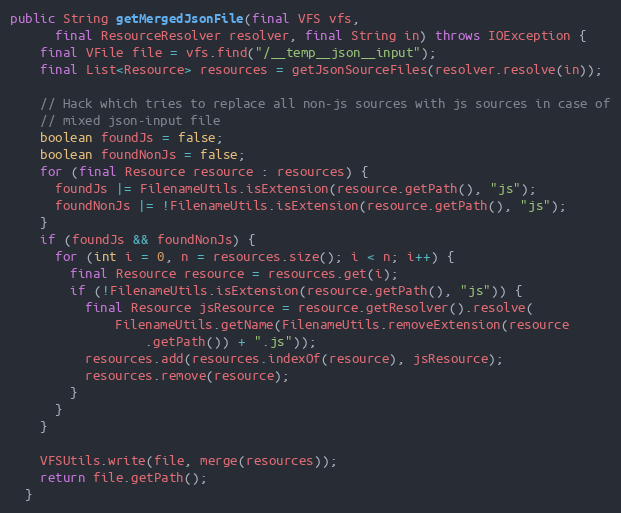
Language: Java
public String getMergedJsonFile(final VFS vfs,
      final ResourceResolver resolver, final String in) throws IOException {
    final VFile file = vfs.find("/__temp__json__input");
    final List<Resource> resources = getJsonSourceFiles(resolver.resolve(in));

    // Hack which tries to replace all non-js sources with js sources in case of
    // mixed json-input file
    boolean foundJs = false;
    boolean foundNonJs = false;
    for (final Resource resource : resources) {
      foundJs |= FilenameUtils.isExtension(resource.getPath(), "js");
      foundNonJs |= !FilenameUtils.isExtension(resource.getPath(), "js");
    }
    if (foundJs && foundNonJs) {
      for (int i = 0, n = resources.size(); i < n; i++) {
        final Resource resource = resources.get(i);
        if (!FilenameUtils.isExtension(resource.getPath(), "js")) {
          final Resource jsResource = resource.getResolver().resolve(
              FilenameUtils.getName(FilenameUtils.removeExtension(resource
                  .getPath()) + ".js"));
          resources.add(resources.indexOf(resource), jsResource);
          resources.remove(resource);
        }
      }
    }

    VFSUtils.write(file, merge(resources));
    return file.getPath();
  }